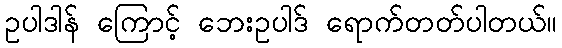
ဥပါဒါန် ကြောင့် ဘေးဥပါဒ် ရောက်တတ်ပါတယ်။